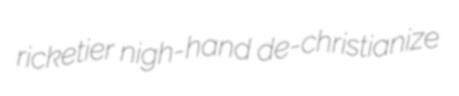
ricketier nigh-hand de-christianize